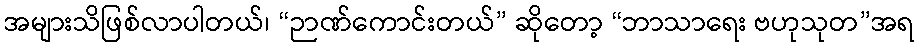
အများသိဖြစ်လာပါတယ်၊ “ဉာဏ်ကောင်းတယ်” ဆိုတော့ “ဘာသာရေး ဗဟုသုတ”အရ